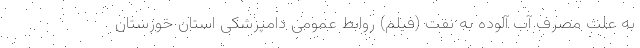
به علت مصرف آب آلوده به نفت (فیلم) روابط عمومی دامپزشکی استان خوزستان